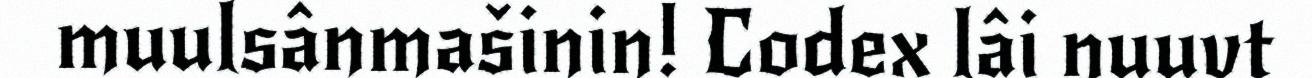
muulsânmašinin! Codex lâi nuuvt